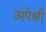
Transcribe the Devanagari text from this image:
अपेक्षी